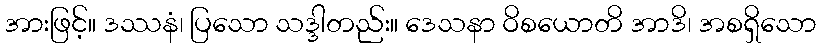
အားဖြင့်။ ဒဿနံ၊ ပြသော သဒ္ဒါတည်း။ ဒေသနာ ဝိစယောတိ အာဒိ၊ အစရှိသော